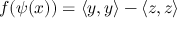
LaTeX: f ( \psi ( x ) ) = \langle y , y \rangle - \langle z , z \rangle